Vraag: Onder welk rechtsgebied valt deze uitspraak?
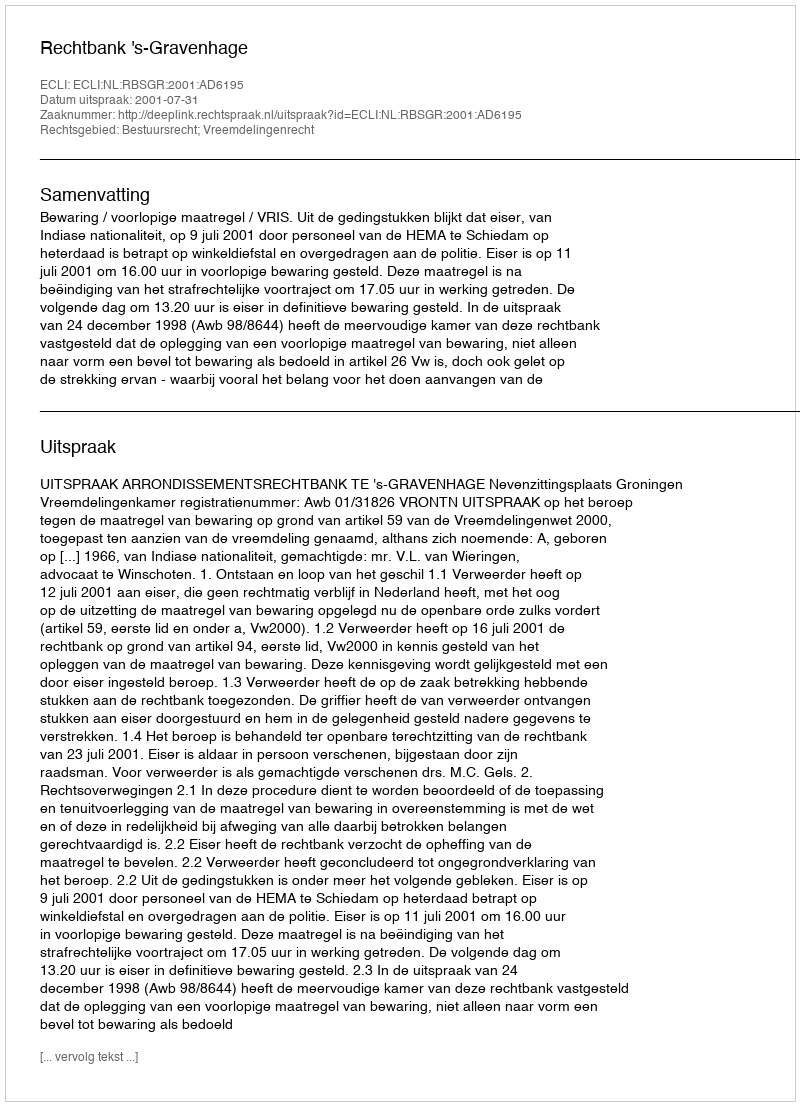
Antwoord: Bestuursrecht; Vreemdelingenrecht